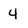
Character: 4